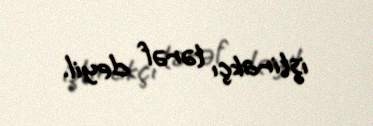
iştirakçı tərəf deyil.